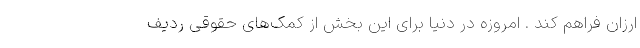
ارزان فراهم کند . امروزه در دنیا برای این بخش از کمک‌های حقوقی ردیف